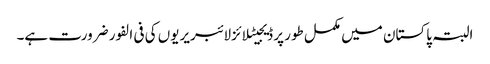
البتہ پاکستان میں مکمل طور پر ڈیجیٹلائزلائبریریوں کی فی الفور ضرورت ہے۔